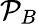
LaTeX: \mathcal{P}_{B}